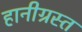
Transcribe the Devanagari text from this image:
हानीग्रस्त